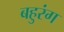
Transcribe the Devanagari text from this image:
बहुरंग